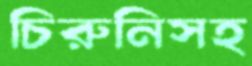
চিরুনিসহ